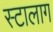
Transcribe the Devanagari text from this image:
स्टालाग